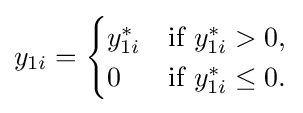
y_{1i}={\begin{cases}y_{1i}^{*}&{\text{if }}y_{1i}^{*}>0,\\0&{\text{if }}y_{1i}^{*}\leq 0.\end{cases}}